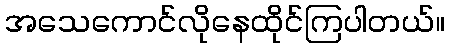
အသေကောင်လိုနေထိုင်ကြပါတယ်။